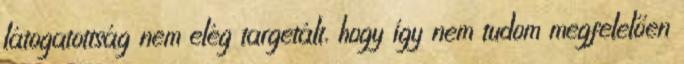
látogatottság nem elég targetált, hogy így nem tudom megfelelően